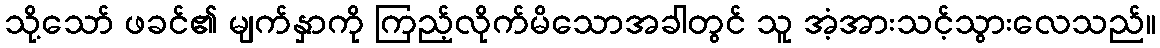
သို့သော် ဖခင်၏ မျက်နှာကို ကြည့်လိုက်မိသောအခါတွင် သူ အံ့အားသင့်သွားလေသည်။